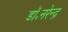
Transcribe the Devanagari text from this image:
डॉ॰नरेन्द्र